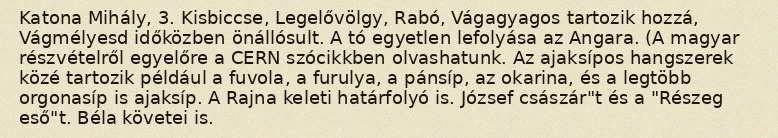
Katona Mihály, 3. Kisbiccse, Legelővölgy, Rabó, Vágagyagos tartozik hozzá, Vágmélyesd időközben önállósult. A tó egyetlen lefolyása az Angara. (A magyar részvételről egyelőre a CERN szócikkben olvashatunk. Az ajaksípos hangszerek közé tartozik például a fuvola, a furulya, a pánsíp, az okarina, és a legtöbb orgonasíp is ajaksíp. A Rajna keleti határfolyó is. József császár"t és a "Részeg eső"t. Béla követei is.